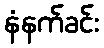
နံနက်ခင်း